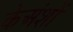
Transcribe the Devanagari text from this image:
केअंशों